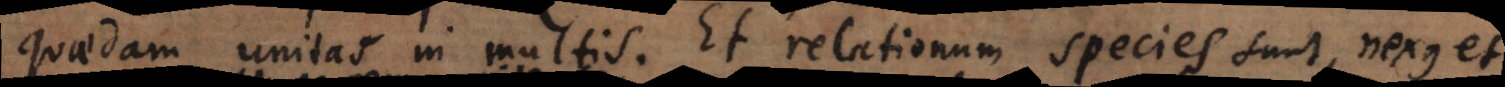
quaedam unitas in multis. Et relationum species sunt ratio,